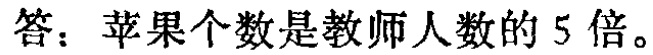
答：苹果个数是教师人数的 5 倍。